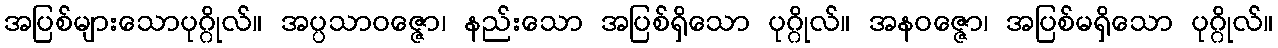
အပြစ်များသောပုဂ္ဂိုလ်။ အပ္ပသာဝဇ္ဇော၊ နည်းသော အပြစ်ရှိသော ပုဂ္ဂိုလ်။ အနဝဇ္ဇော၊ အပြစ်မရှိသော ပုဂ္ဂိုလ်။